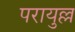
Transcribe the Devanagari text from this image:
परायुल्ल